Document type: Community of property
Year: 1312
Scribe: Pere Amorós
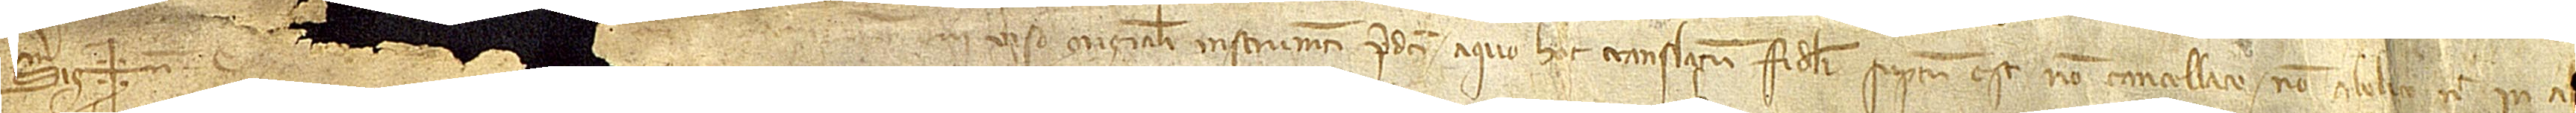
Sig(signe)num [Petri Amoros, notarii publici de Tarega], qui viso originali instrumenti predicto a quo hoc translatum fideliter suptum est, non cancellato, no abolito nec in a[liqua sui]